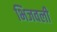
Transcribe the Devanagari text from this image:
भिजवली